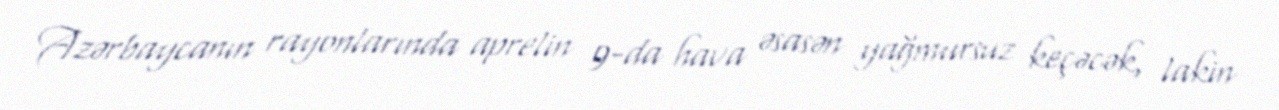
Azərbaycanın rayonlarında aprelin 9-da hava əsasən yağmursuz keçəcək, lakin